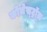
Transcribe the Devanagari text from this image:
कोलेस्‍ट्रॉल